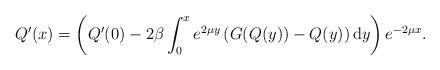
LaTeX: \begin{align*}Q^{\prime}(x)=\left(Q^{\prime}(0)-2\beta\int_0^x e^{2 \mu y }\left(G(Q(y))-Q(y)\right)\mathrm{d}y \right)e^{-2 \mu x}.\end{align*}